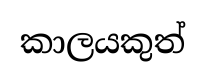
කාලයකුත්